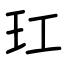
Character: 玒